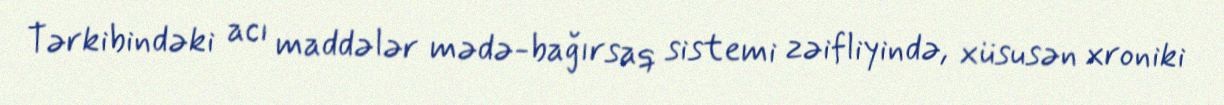
Tərkibindəki acı maddələr mədə-bağırsaq sistemi zəifliyində, xüsusən xroniki